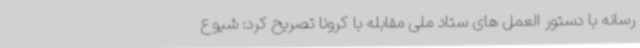
رسانه با دستور العمل های ستاد ملی مقابله با کرونا تصریح کرد: شیوع